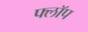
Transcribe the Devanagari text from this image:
फ्लाॅप